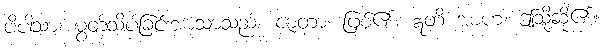
ပိပါသာ၊ မွတ်သိပ်ခြင်းအာသာသည်။ ဇာတာ၊ ဖြစ်၏။ ဣတိ အာဟ၊ ဤသို့ဆို၏။